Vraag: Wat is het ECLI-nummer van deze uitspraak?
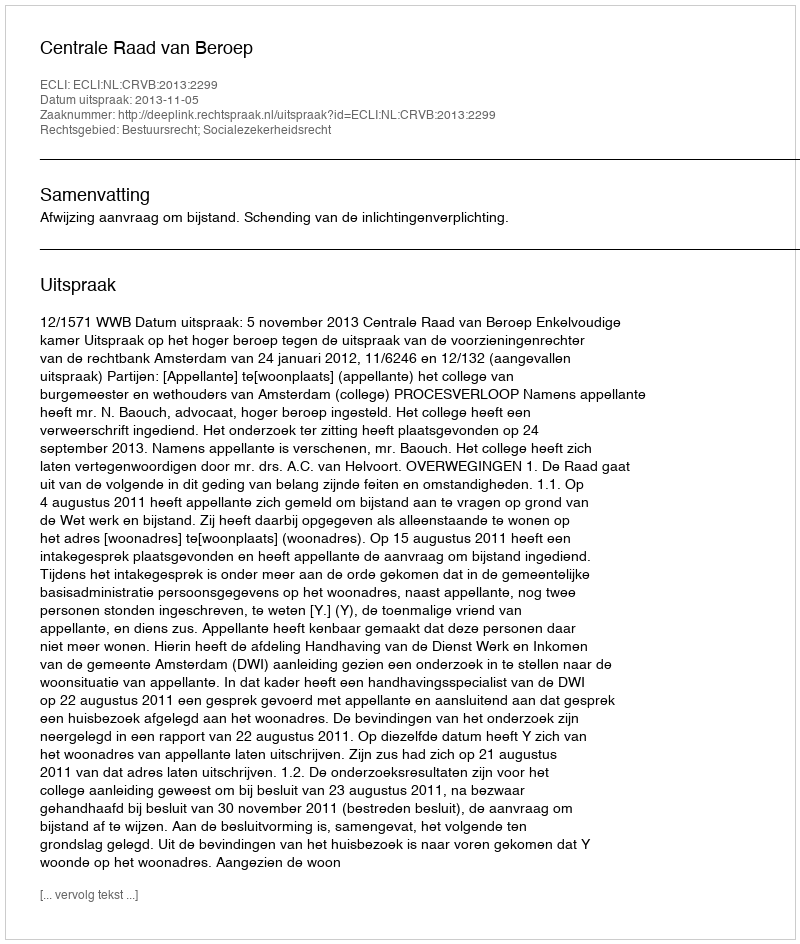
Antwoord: ECLI:NL:CRVB:2013:2299